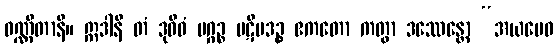
ဝဏ္ဏိတာနိ။ ဣဒါနိ တံ ဒုဝိဓံ မဂ္ဂဉ္စ ပဋိပဒဉ္စ ဧကတော ကတွာ ဒဿေန္တော “အယမေဝ